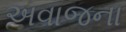
અવાજના